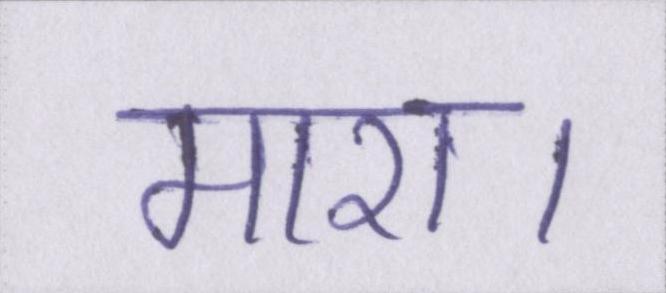
मारा।